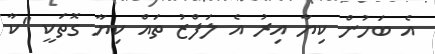
އެ ބަހުން ކިޔާ އިރު އެ ލަފްޒު ތައް ކިޔާ ގޮތަކީ "ކާ